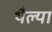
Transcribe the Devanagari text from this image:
थैल्या